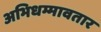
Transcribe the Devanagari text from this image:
अभिधम्मावतार